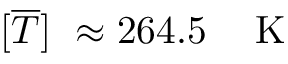
[ \overline { { T } } ] ~ \approx 2 6 4 . 5 ~ \: ~ \mathrm { ~ K ~ }